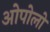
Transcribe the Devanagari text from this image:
ओपोलो